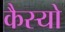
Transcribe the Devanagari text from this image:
कैस्‍यो